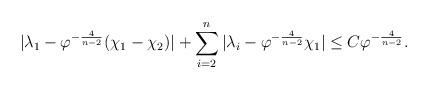
LaTeX: \begin{align*}|\lambda_1 - \varphi^{-\frac{4}{n-2}}(\chi_1 - \chi_2)| + \sum_{i = 2}^n |\lambda_i - \varphi^{-\frac{4}{n-2}} \chi_1| \leq C \varphi^{-\frac{4}{n-2}}.\end{align*}